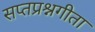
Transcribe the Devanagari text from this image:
सप्तप्रश्नगीता